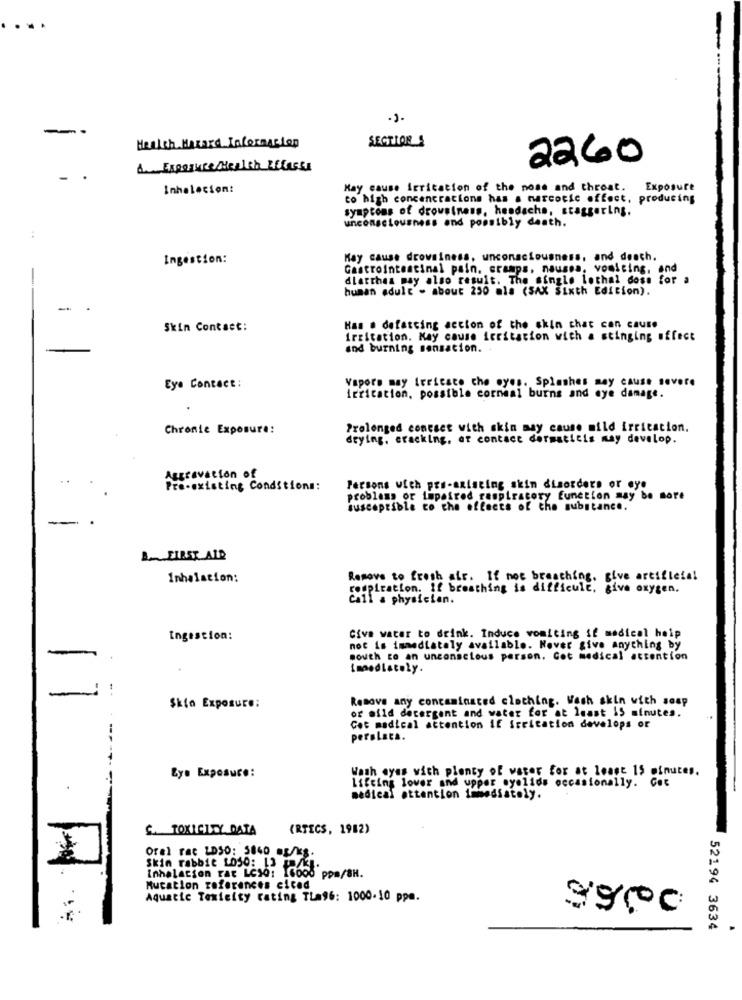
-
SECTION
Health.Hazard Information
2260
&. Exposure /Health LElasss
-
Inhalecion:
May cause irritation of the nose and throat.
Exposure
co high concencrations has a narcotic effect, producing
symptoms of drowsiness, headache, staggering.
unconsciousness and possibly death.
Ingestion:
Kay cause drowsiness, unconsciousness, and death.
Gastrointestinal pain. cramps, nausea, vomiting. and
-
diarrhea may also result. The single lothal doss for a
human adult - about 250 als (SAX Sixth Edition).
-
Skin Contact:
Has . defatcing accion of the skin chat can cause
irritation. May cause irritation with a stinging effect
and burning sensation. .
Vapore may Irricaco che eyes. Splashes may cause severe
Eye Contact:
irrication, possible corneal burns and eye damage.
Chronic Exposure:
Prolonged contact with skin may cause mild irritation.
drying, cracking, at contact dermatitis may develop.
Aggravation of
Pre-existing Conditions:
Persons with pre-existing skin disorders or eye
problems or impaired respiratory function may be more
susceptible to the effects of the substance.
--
& FIRST AID
Inhalation:
Remove to fresh air. If not breaching, give artificial
wupiration. If breathing is difficult. give oxygen.
Cil a physician.
Ingestion:
Give water to drink. Induce vomiting if medical heip
not is immediately available. Never give anything by
-
south co an unconscious person. Got medical attention
Imediately.
-
Remove any contaminated clothing. Wash skin with sosp
Skio Exposure:
or mild detergent and water for at least i5 minutes.
Cot madical attention if irritation develops or
perolata.
Wash eyes with plenty of water for at least 15 minutes.
Lys Exposure:
Lifeing lower and upper eyelids occasionally. Cet
medical attention immediately.
C. TOXICITY DATA
(RTECS, 1982)
Orel rac LDS0: 5840 g/ks.
Skin rabbie 1050: 13 .
Inhalation rar LCso: 16000 ppm/8H.
Mucation references eiced
Aquatic Texteity rating TLa96: 1000-10 ppm.
9900
52194 3634